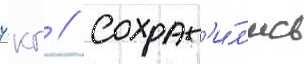
7 кг // Сохран'и́л'ись